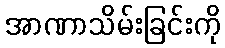
အာဏာသိမ်းခြင်းကို